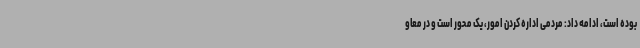
بوده است، ادامه داد: مردمی اداره کردن امور، یک محور است و در معاو